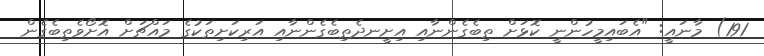
191) މާނައީ: "އެބައިމީހުންނީ ކޮޅަށް ތިބެގެންނާއި އިށީނދެތިބެގެންނާއި އަރިކަށިތަކުގެ މައްޗަށް އޮށޯވެތިބެގެން